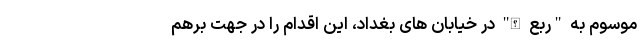
موسوم به "ربع الله" در خیابان های بغداد، این اقدام را در جهت برهم